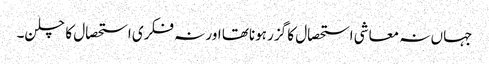
جہاں نہ معاشی استحصال کا گزر ہوناتھا اور نہ فکری استحصال کا چلن۔